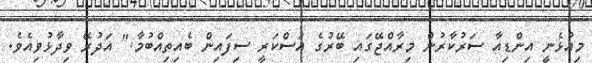
މިއުޅެނީ އިންޑިއާ ސަރުކާރުން މިރާއްޖޭގައި ބޭރުގެ އަސްކަރީ ސިފައިން ބެއިތިއްބުމާ